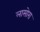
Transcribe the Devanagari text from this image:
लासोरा